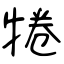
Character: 犈